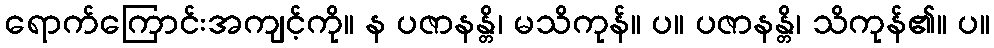
ရောက်ကြောင်းအကျင့်ကို။ န ပဇာနန္တိ၊ မသိကုန်။ ပ။ ပဇာနန္တိ၊ သိကုန်၏။ ပ။